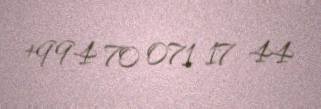
+994 70 071 17 44